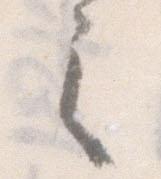
之